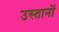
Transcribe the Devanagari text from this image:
उस्तानों